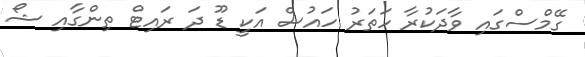
ގޭމްސްގައި ވާދަކުރާ ހަތަރު ހައުސް އަކީ ޑޫ ދަ ރައިޓް ތިންގާއި ޝޯ